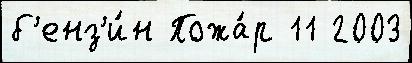
б'енз'и́н Пожа́р 11 2003